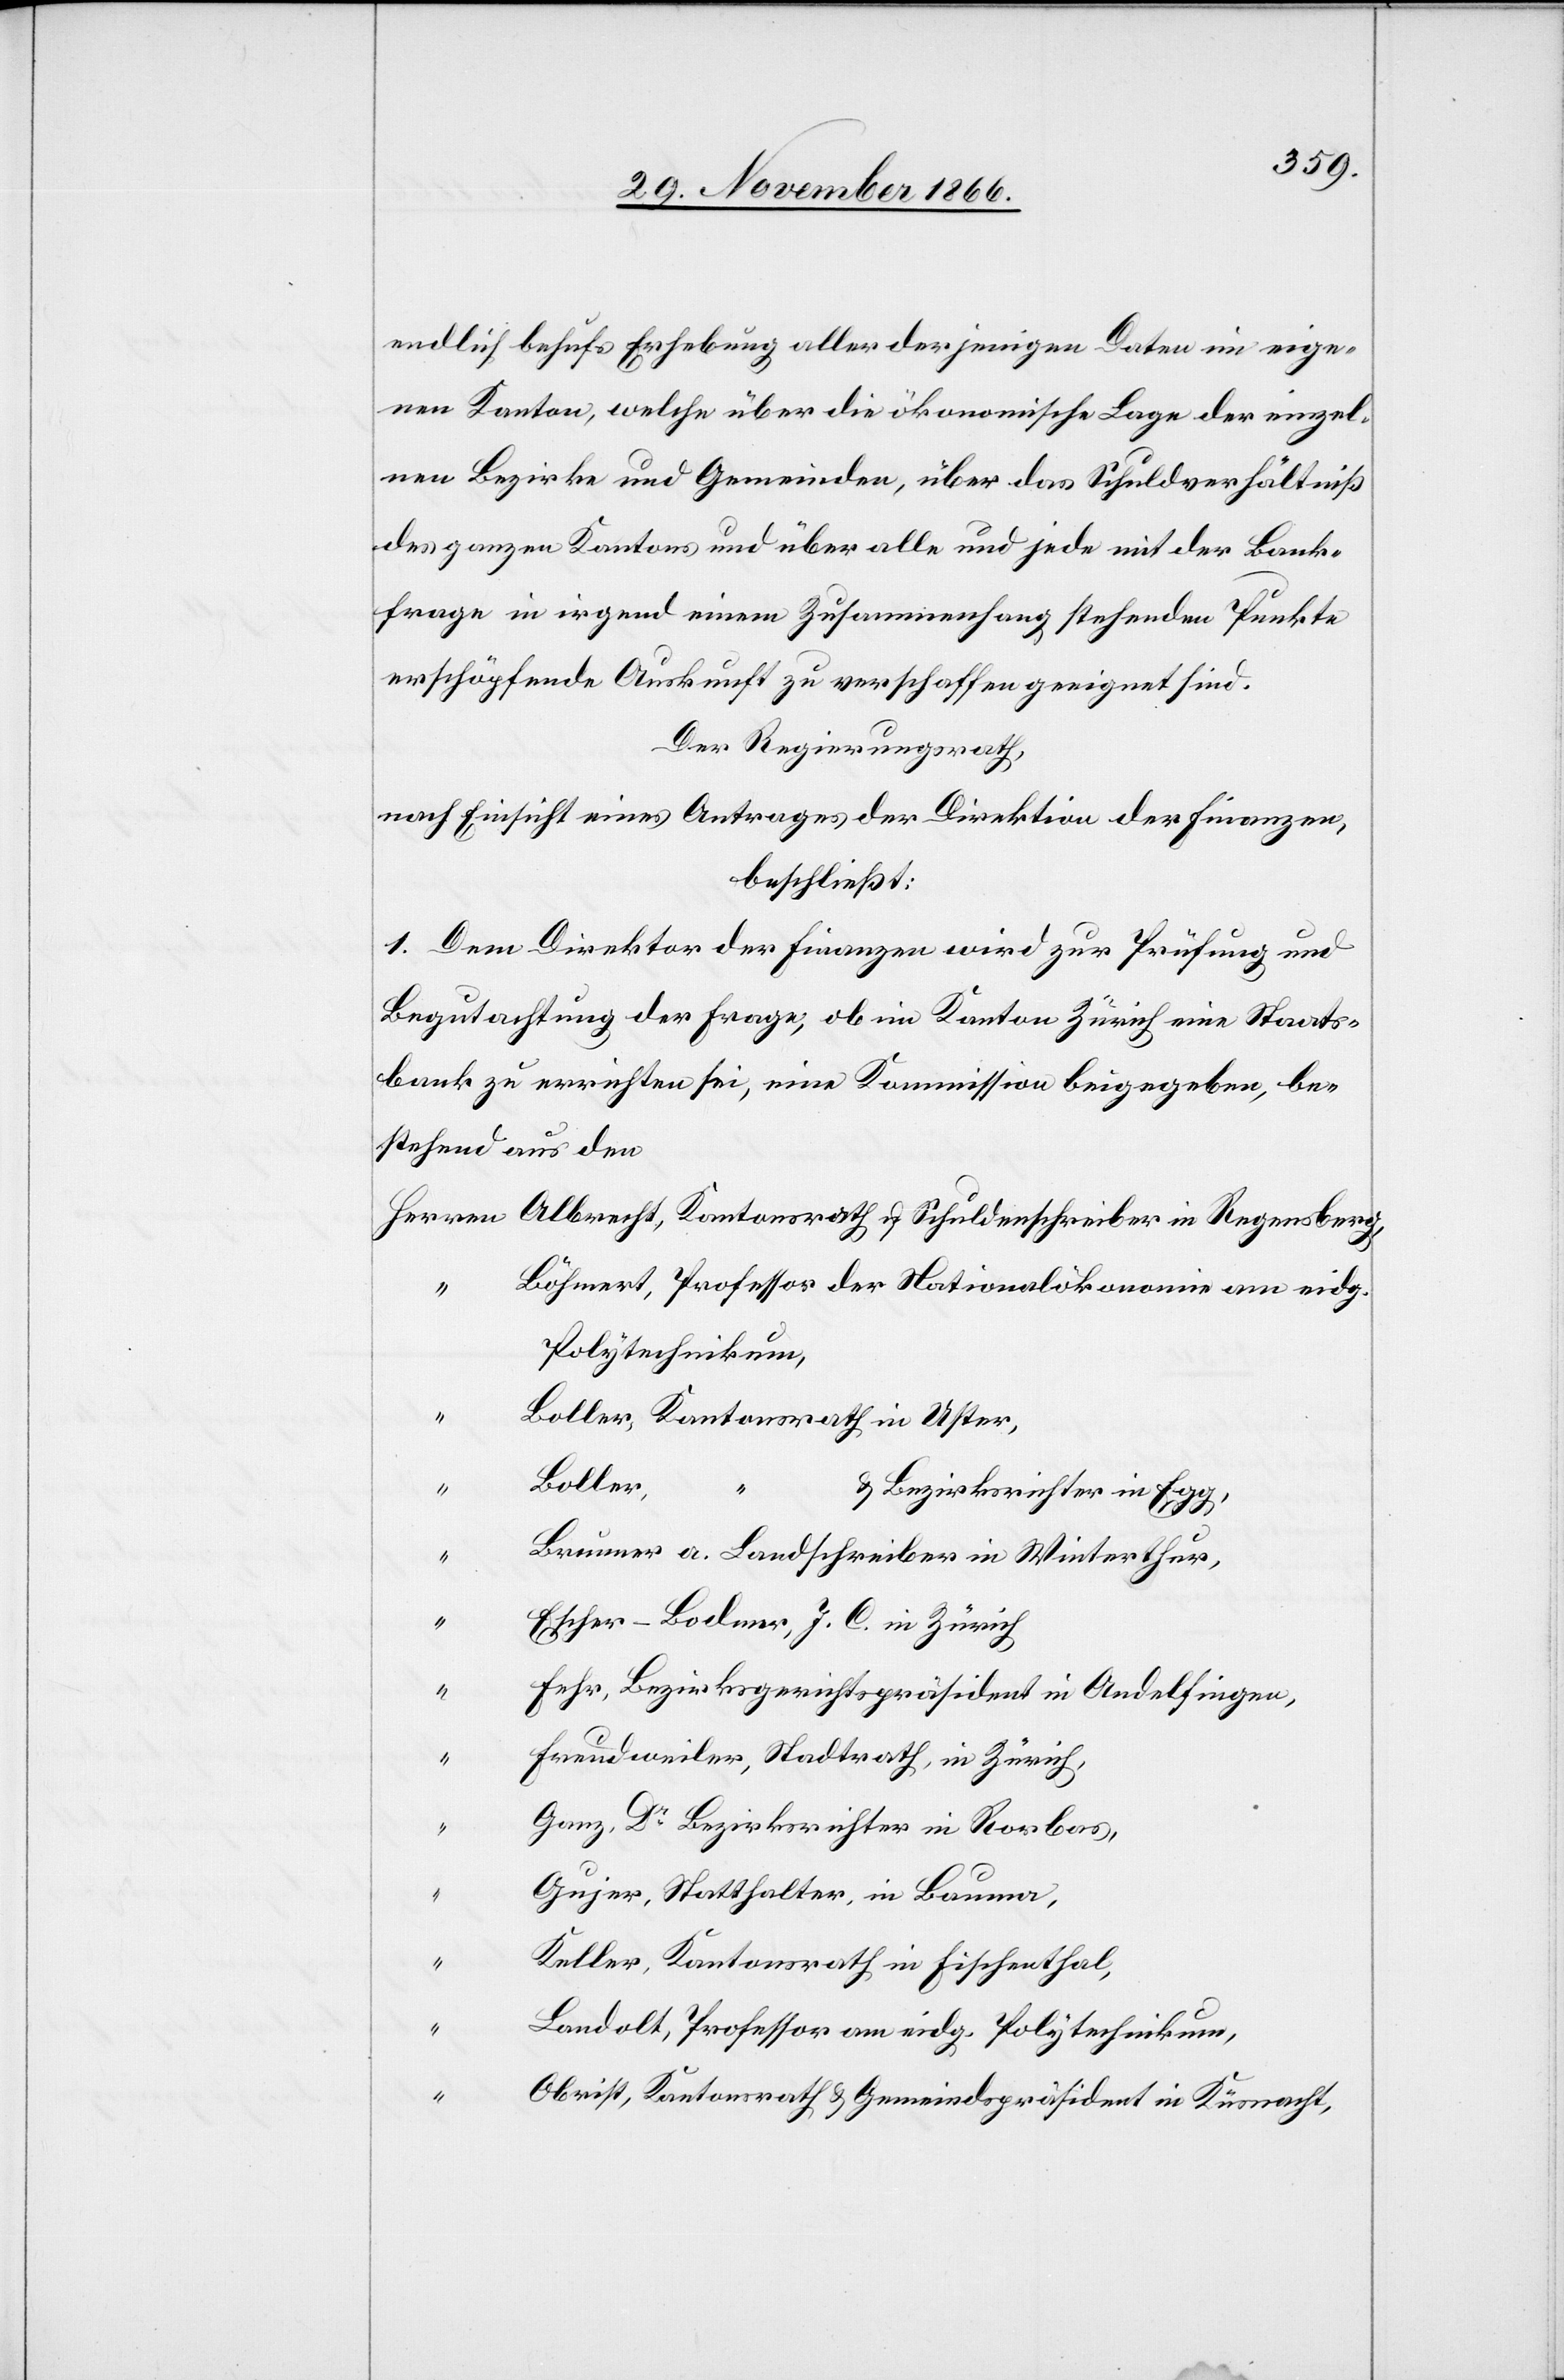
endlich behufs Erhebung aller derjenigen Daten im eige¬
nen Kanton, welche über die ökonomische Lage der einzel¬
nen Bezirke und Gemeinden, über das Schuldverhältniß
des ganzen Kantons und über alle und jede mit der Bank¬
frage in irgend einem Zusammenhang stehenden Punkte
erschöpfende Auskunft zu verschaffen geeignet sind.
Der Regierungsrath,
nach Einsicht eines Antrages der Direktion der Finanzen,
beschließt:
1. Dem Direktor der Finanzen wird zur Prüfung und
Begutachtung der Frage, ob im Kanton Zürich eine Staats¬
bank zu errichten sei, eine Kommission beigegeben, be¬
stehend aus den
Böhmert, Professor der Nationalökonomie am eidg.
Polytechnikum,
Boller, Kantonsrath in Uster,
Boller,
“
& Bezirksrichter in Egg,
Brunner, a. Landschreiber in Winterthur,
“
Escher-Bodmer, J. C. in Zürich
Fehr, Bezirksgerichtspräsident in Andelfingen,
“
Freudweiler, Stadtrath, in Zürich,
Ganz, Dr. Bezirksrichter in Rorbas,
Gujer, Statthalter, in Bauma,
Keller, Kantonsrath in Fischenthal,
Landolt, Professor am eidg. Polytechnikum,
Obrist, Kantonsrath & Gemeindspräsident in Küsnacht